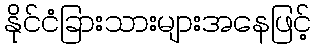
နိုင်ငံခြားသားများအနေဖြင့်